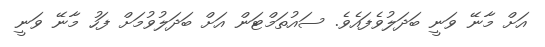
އަށް މާނޭ ވަނީ ބަދަލުވެފައެވެ. ސައުތަމްޓަން އަށް ބަދަލުވުމަށް ފަހު މާނޭ ވަނީ